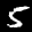
Label: 5